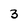
Character: 3